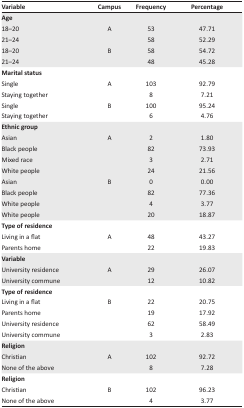
<table><thead><tr><td><b>Variable</b></td><td><b>Campus</b></td><td><b>Frequency</b></td><td><b>Percentage</b></td></tr></thead><tbody><tr><td colspan="4"><b>Age</b></td></tr><tr><td>18–20</td><td>A</td><td>53</td><td>47.71</td></tr><tr><td>21–24</td><td></td><td>58</td><td>52.29</td></tr><tr><td>18–20</td><td>B</td><td>58</td><td>54.72</td></tr><tr><td>21–24</td><td></td><td>48</td><td>45.28</td></tr><tr><td colspan="4"><b>Marital status</b></td></tr><tr><td>Single</td><td>A</td><td>103</td><td>92.79</td></tr><tr><td>Staying together</td><td></td><td>8</td><td>7.21</td></tr><tr><td>Single</td><td>B</td><td>100</td><td>95.24</td></tr><tr><td>Staying together</td><td></td><td>6</td><td>4.76</td></tr><tr><td colspan="4"><b>Ethnic group</b></td></tr><tr><td>Asian</td><td>A</td><td>2</td><td>1.80</td></tr><tr><td>Black people</td><td></td><td>82</td><td>73.93</td></tr><tr><td>Mixed race</td><td></td><td>3</td><td>2.71</td></tr><tr><td>White people</td><td></td><td>24</td><td>21.56</td></tr><tr><td>Asian</td><td>B</td><td>0</td><td>0.00</td></tr><tr><td>Black people</td><td></td><td>82</td><td>77.36</td></tr><tr><td>White people</td><td></td><td>4</td><td>3.77</td></tr><tr><td>White people</td><td></td><td>20</td><td>18.87</td></tr><tr><td colspan="4"><b>Type of residence</b></td></tr><tr><td>Living in a flat</td><td>A</td><td>48</td><td>43.27</td></tr><tr><td>Parents home</td><td></td><td>22</td><td>19.83</td></tr><tr><td colspan="4"><b>Variable</b></td></tr><tr><td>University residence</td><td>A</td><td>29</td><td>26.07</td></tr><tr><td>University commune</td><td></td><td>12</td><td>10.82</td></tr><tr><td colspan="4"><b>Type of residence</b></td></tr><tr><td>Living in a flat</td><td>B</td><td>22</td><td>20.75</td></tr><tr><td>Parents home</td><td></td><td>19</td><td>17.92</td></tr><tr><td>University residence</td><td></td><td>62</td><td>58.49</td></tr><tr><td>University commune</td><td></td><td>3</td><td>2.83</td></tr><tr><td colspan="4"><b>Religion</b></td></tr><tr><td>Christian</td><td>A</td><td>102</td><td>92.72</td></tr><tr><td>None of the above</td><td></td><td>8</td><td>7.28</td></tr><tr><td colspan="4"><b>Religion</b></td></tr><tr><td>Christian</td><td>B</td><td>102</td><td>96.23</td></tr><tr><td>None of the above</td><td></td><td>4</td><td>3.77</td></tr></tbody></table>